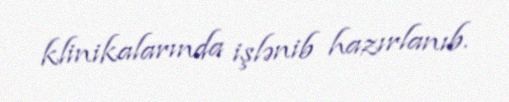
klinikalarında işlənib hazırlanıb.